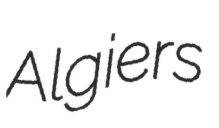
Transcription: Algiers